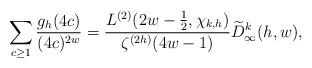
LaTeX: \begin{align*} \sum_{c \geq 1} \frac{g_h(4c)}{(4c)^{2w}} = \frac{L^{(2)} (2w - \frac{1}{2}, \chi_{k,h})}{\zeta^{(2h)}(4w-1)} \widetilde{D}_\infty^k(h,w), \end{align*}